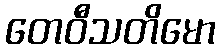
တေဝီသတိမော